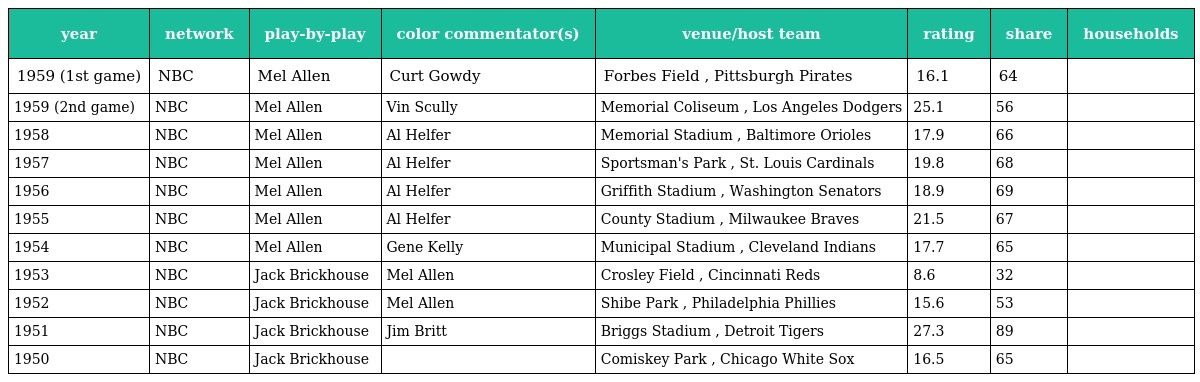
| year | network | play-by-play | color commentator(s) | venue/host team | rating | share | households |
 | --- | --- | --- | --- | --- | --- | --- | --- |
 | 1959 (1st game) | NBC | Mel Allen | Curt Gowdy | Forbes Field , Pittsburgh Pirates | 16.1 | 64 |  |
 | 1959 (2nd game) | NBC | Mel Allen | Vin Scully | Memorial Coliseum , Los Angeles Dodgers | 25.1 | 56 |  |
 | 1958 | NBC | Mel Allen | Al Helfer | Memorial Stadium , Baltimore Orioles | 17.9 | 66 |  |
 | 1957 | NBC | Mel Allen | Al Helfer | Sportsman's Park , St. Louis Cardinals | 19.8 | 68 |  |
 | 1956 | NBC | Mel Allen | Al Helfer | Griffith Stadium , Washington Senators | 18.9 | 69 |  |
 | 1955 | NBC | Mel Allen | Al Helfer | County Stadium , Milwaukee Braves | 21.5 | 67 |  |
 | 1954 | NBC | Mel Allen | Gene Kelly | Municipal Stadium , Cleveland Indians | 17.7 | 65 |  |
 | 1953 | NBC | Jack Brickhouse | Mel Allen | Crosley Field , Cincinnati Reds | 8.6 | 32 |  |
 | 1952 | NBC | Jack Brickhouse | Mel Allen | Shibe Park , Philadelphia Phillies | 15.6 | 53 |  |
 | 1951 | NBC | Jack Brickhouse | Jim Britt | Briggs Stadium , Detroit Tigers | 27.3 | 89 |  |
 | 1950 | NBC | Jack Brickhouse |  | Comiskey Park , Chicago White Sox | 16.5 | 65 |  |